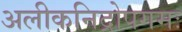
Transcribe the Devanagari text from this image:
अलीकनिद्रोपगमः